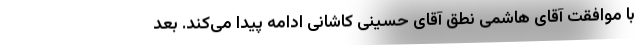
با موافقت آقای هاشمی نطق آقای حسینی کاشانی ادامه پیدا می‌کند. بعد